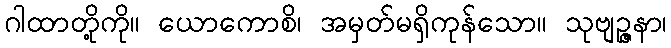
ဂါထာတို့ကို။ ယောကောစိ၊ အမှတ်မရှိကုန်သော။ သုဗျဉ္ဇနာ၊